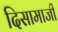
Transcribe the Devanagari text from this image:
दिसामाजी